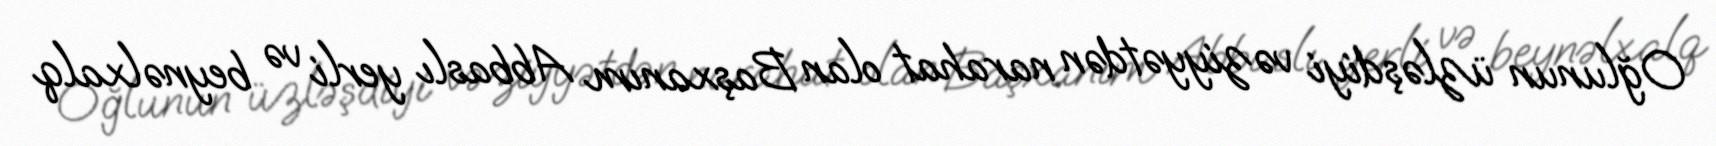
Oğlunun üzləşdiyi vəziyyətdən narahat olan Başxanım Abbaslı yerli və beynəlxalq